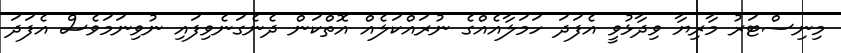
މިނިސްޓަރު މާރިޔާ ވިދާޅުވީ އެފަދަ ހަމަލާއެއްގެ ނުރައްކަލެއް އޮތްކަން ދެނެގަނެވިފައި ނުވިނަމަވެސް އެފަދަ